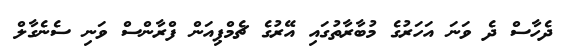
ދެހާސް ދެ ވަނަ އަހަރުގެ މުބާރާތުގައި އޭރުގެ ޗެމްޕިއަން ފްރާންސް ވަނި ސެނެގާލް